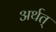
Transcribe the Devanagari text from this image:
अर्थत्